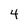
Character: 4